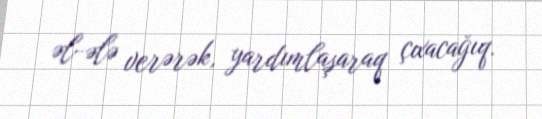
əl-ələ verərək, yardımlaşaraq çıxacağıq.